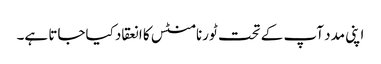
اپنی مدد آپ کے تحت ٹورنامنٹس کا انعقاد کیاجاتا ہے۔